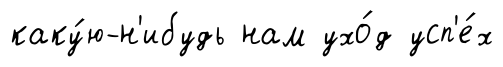
каку́ю-н'ибудь нам ухо́д усп'е́х